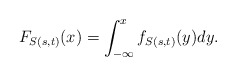
\begin{align*}F_{S(s,t)}(x) = \int_{-\infty}^{x} f_{S(s,t)}(y) dy.\end{align*}